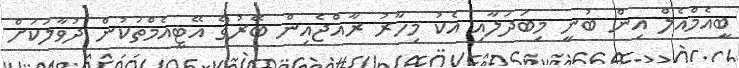
ބީއެމްއެލް އިން ބުނީ މިބަދަލާއި އެކު މިހާރު ރާއްޖެއިން ބޭރުގެ އޭޓީއެމްތަކުން ދުވާލަކަށް